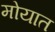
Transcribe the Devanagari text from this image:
मोयात